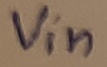
Text: Vin